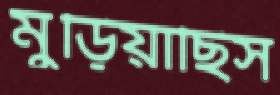
মুড়িয়াছিস